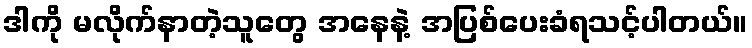
ဒါကို မလိုက်နာတဲ့သူတွေ အနေနဲ့ အပြစ်ပေးခံရသင့်ပါတယ်။